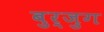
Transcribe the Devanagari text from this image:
बुर्जुग